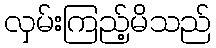
လှမ်းကြည့်မိသည်